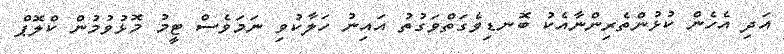
އަދި އެހެން ކުޅުންތެރިންނާއެކު ބޮނޑިވެގަތްވަގުތު އައިނު ހަލާކުވި ނަމަވެސް ޓީމު މޮޅުވުމުން ކްލޮޕް